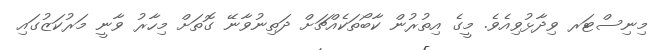
މިނިސްޓަރ ވިދާޅުވިއެވެ. މީގެ އިތުރުން ކާބޯތަކެއްޗަށް ދަތިނުވާނޭ ގޮތަށް މިހާރު ވާނީ މަރުކަޒުގައި